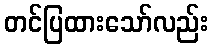
တင်ပြထားသော်လည်း